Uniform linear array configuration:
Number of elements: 32
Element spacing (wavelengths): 0.25
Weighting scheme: uniform
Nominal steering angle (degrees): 60
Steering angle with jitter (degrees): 59.741
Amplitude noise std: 0.05
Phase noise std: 0.05

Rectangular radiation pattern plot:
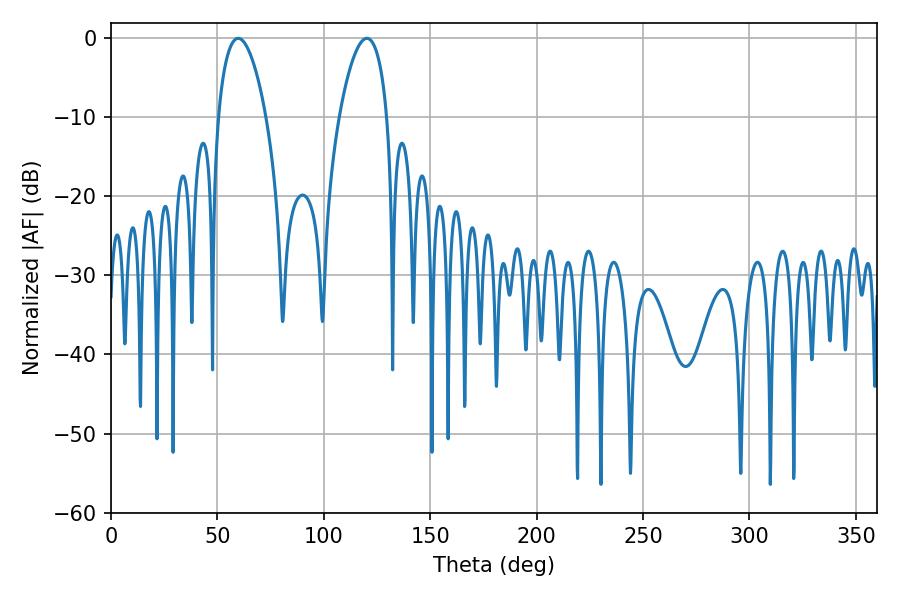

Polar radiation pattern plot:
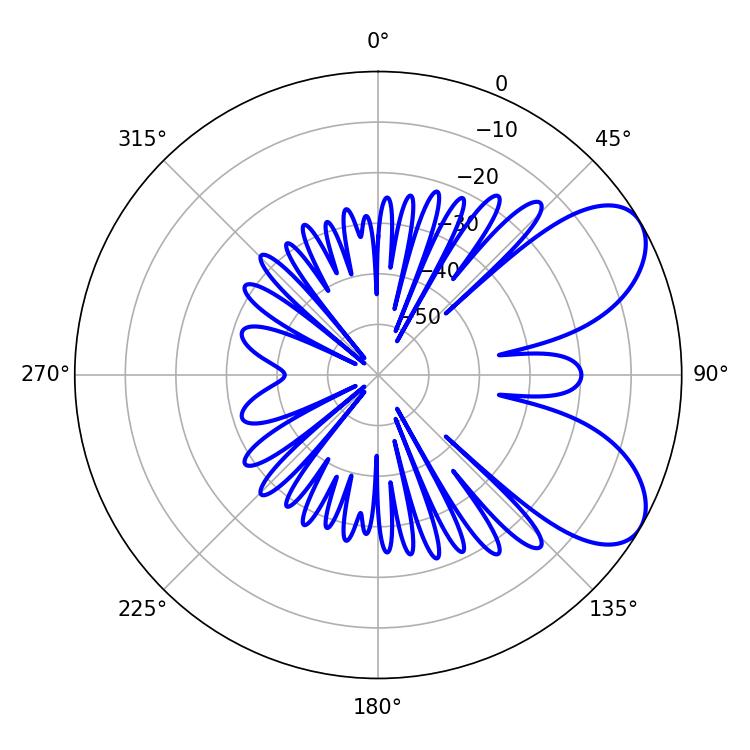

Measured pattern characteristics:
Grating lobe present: FALSE
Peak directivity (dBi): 6.861
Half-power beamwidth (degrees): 12.6
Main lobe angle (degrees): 59.76